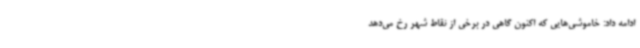
ادامه داد: خاموشی‌هایی که اکنون گاهی در برخی از نقاط شهر رخ می‌دهد